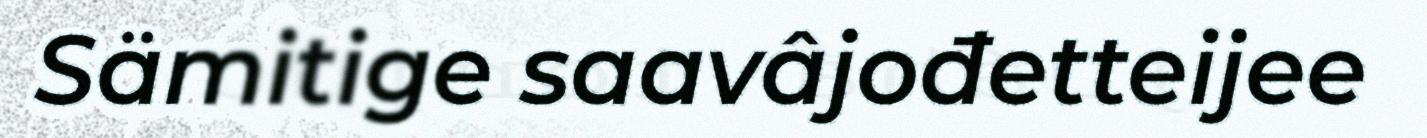
Sämitige saavâjođetteijee